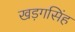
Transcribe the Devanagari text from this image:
खड़गसिंह